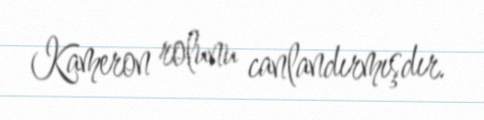
Kameron rolunu canlandırmışdır.